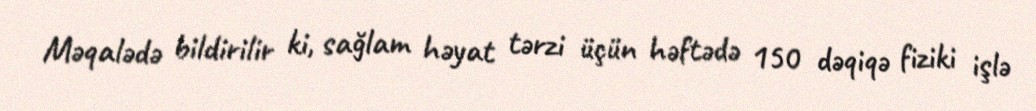
Məqalədə bildirilir ki, sağlam həyat tərzi üçün həftədə 150 dəqiqə fiziki işlə